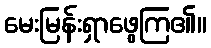
မေးမြန်းရှာဖွေကြ၏။